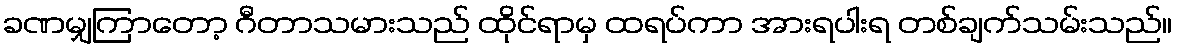
ခဏမျှကြာတော့ ဂီတာသမားသည် ထိုင်ရာမှ ထရပ်ကာ အားရပါးရ တစ်ချက်သမ်းသည်။